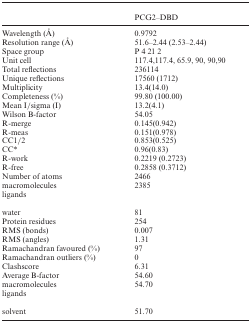
|  | PCG2–DBD |
 | --- | --- |
 | Wavelength (Å) | 0.9792 |
 | Resolution range (Å) | 51.6–2.44 (2.53–2.44) |
 | Space group | P 4 21 2 |
 | Unit cell | 117.4,117.4, 65.9, 90, 90,90 |
 | Total reflections | 236114 |
 | Unique reflections | 17560 (1712) |
 | Multiplicity | 13.4(14.0) |
 | Completeness (%) | 99.80 (100.00) |
 | Mean I/sigma (I) | 13.2(4.1) |
 | Wilson B-factor | 54.05 |
 | R-merge | 0.145(0.942) |
 | R-meas | 0.151(0.978) |
 | CC1/2 | 0.853(0.525) |
 | CC* | 0.96(0.83) |
 | R-work | 0.2219 (0.2723) |
 | R-free | 0.2858 (0.3712) |
 | Number of atoms | 2466 |
 | macromolecules | 2385 |
 | ligands |  |
 | water | 81 |
 | Protein residues | 254 |
 | RMS (bonds) | 0.007 |
 | RMS (angles) | 1.31 |
 | Ramachandran favoured (%) | 97 |
 | Ramachandran outliers (%) | 0 |
 | Clashscore | 6.31 |
 | Average B-factor | 54.60 |
 | macromolecules | 54.70 |
 | ligands |  |
 | solvent | 51.70 |